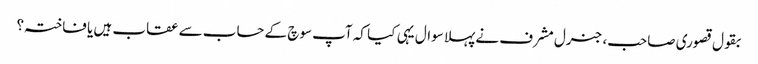
بقول قصوری صاحب، جنرل مشرف نے پہلا سوال یہی کیا کہ آپ سوچ کے حساب سے عقاب ہیں یا فاختہ؟